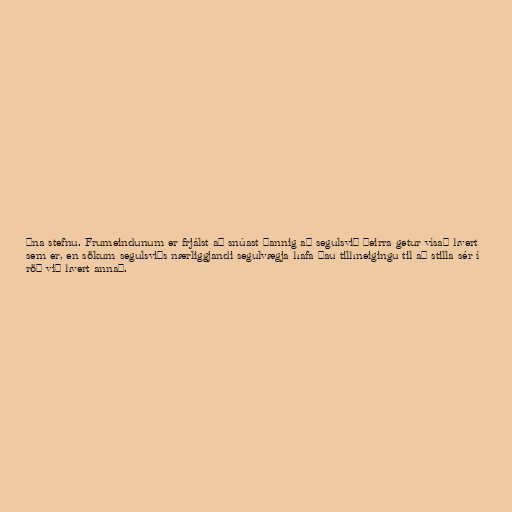
ðna stefnu. Frumeindunum er frjálst að snúast þannig að segulsvið þeirra getur vísað hvert
sem er, en sökum segulsviðs nærliggjandi segulvægja hafa þau tilhneigingu til að stilla sér í
röð við hvert annað.